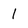
Character: 1